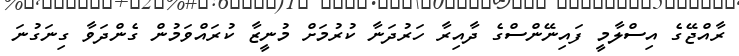
ރާއްޖޭގެ އިސްލާމީ ފައިނޭންސްގެ ދާއިރާ ހަރުދަނާ ކުރުމަށް މުނީޒާ ކުރައްވަމުން ގެންދަވާ ގިނަގުނަ